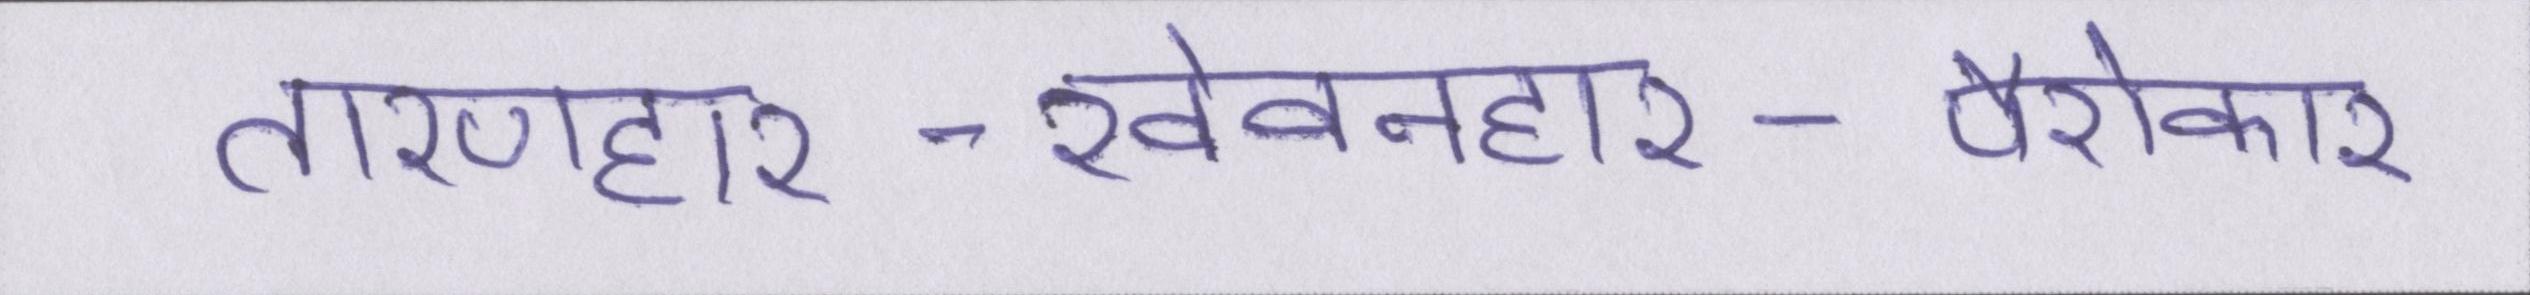
तारणहार-खेवनहार-पैरोकार